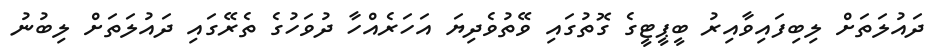
ދައުލަތަށް ލިބިފައިވާއިރު ބީޕީޓީގެ ގޮތުގައި ވޭތުވެދިޔަ އަހަރެއްހާ ދުވަހުގެ ތެރޭގައި ދައުލަތަށް ލިބުނު